Lunatic asylums Punjab 1911-1921 - 1911-1921
Year: 1911
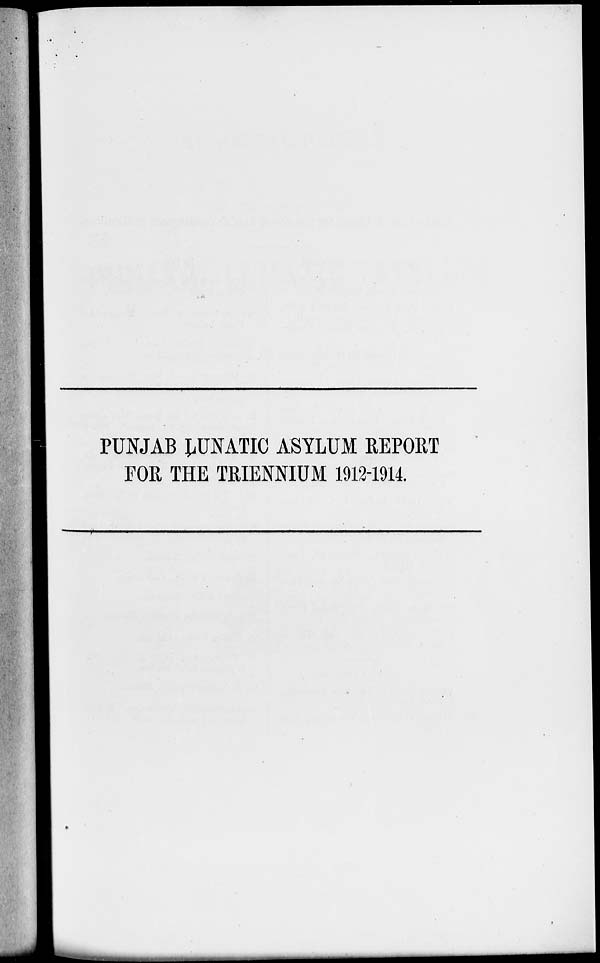
PUNJAB LUNATIC ASYLUM REPORT
FOR THE TRIENNIUM 1912-1914.